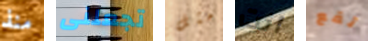
منذ تجعلنى مثل انت تقع